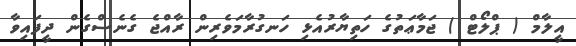
އީލާމް ( ޕްލޯޓް ) ޖަމާޢަތުގެ ހަތިޔާރުއެޅި ހަނގުރާމަވެރިން ރާއްޖެ ގެނެސްގެން ދީފައިވާ